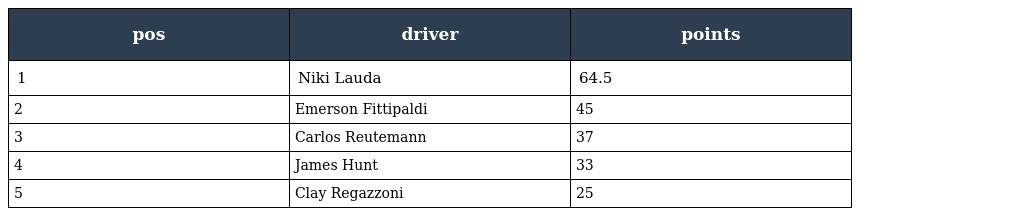
| pos | driver | points |
 | --- | --- | --- |
 | 1 | Niki Lauda | 64.5 |
 | 2 | Emerson Fittipaldi | 45 |
 | 3 | Carlos Reutemann | 37 |
 | 4 | James Hunt | 33 |
 | 5 | Clay Regazzoni | 25 |